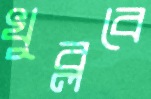
খুব্‌লবে